Madras plague regulations and rules - Volume 2
Disease focus: Plague
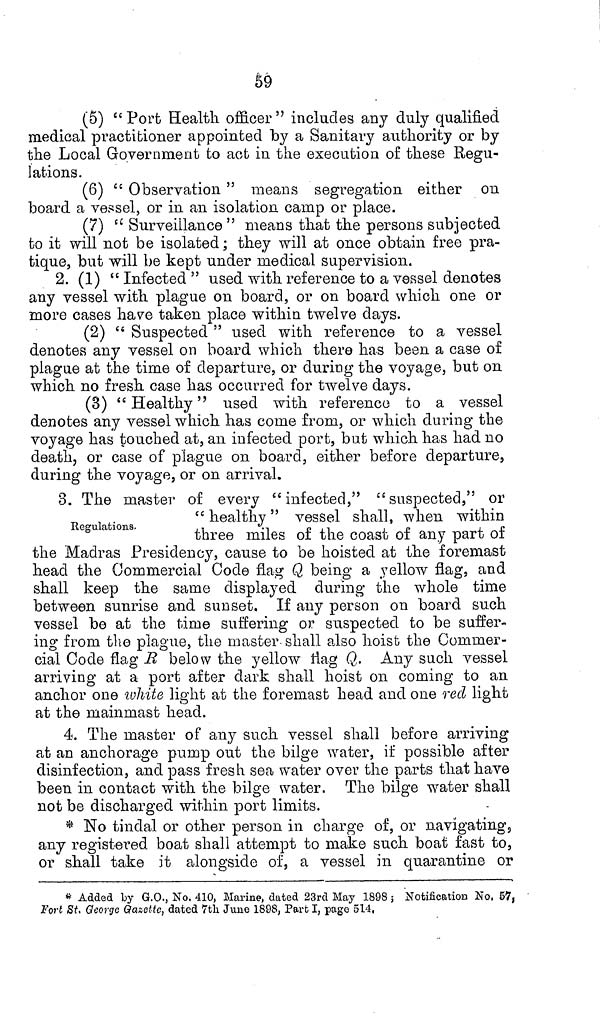
59
(5) "Port Health officer" includes any duly qualified
medical practitioner appointed by a Sanitary authority or by
the Local Government to act in the execution of these Regu-
lations.
(6) " Observation " means segregation either on
board a vessel, or in an isolation camp or place.
(7) " Surveillance " means that the persons subjected
to it will not be isolated; they will at once obtain free pra-
tique, but will be kept under medical supervision.
2. (1) " Infected " used with reference to a vessel denotes
any vessel with plague on board, or on board which one or
more cases have taken place within twelve days.
(2) " Suspected " used with reference to a vessel
denotes any vessel on board which there has been a case of
plague at the time of departure, or during the voyage, but on
which no fresh case has occurred for twelve days.
(3) "Healthy" used with reference to a vessel
denotes any vessel which has come from, or which during the
voyage has touched at, an infected port, but which has had no
death, or case of plague on board, either before departure,
during the voyage, or on arrival.
Regulations.
3. The master of every "infected," "suspected," or
" healthy" vessel shall, when within
three miles of the coast of any part of
the Madras Presidency, cause to be hoisted at the foremast
head the Commercial Code flag Q being a yellow flag, and
shall keep the same displayed during the whole time
between sunrise and sunset. If any person on board such
vessel be at the time suffering or suspected to be suffer-
ing from the plague, the master shall also hoist the Commer-
cial Code flag R below the yellow flag Q. Any such vessel
arriving at a port after dark shall hoist on coming to an
anchor one white light at the foremast head and one red light
at the mainmast head.
4. The master of any such vessel shall before arriving
at an anchorage pump out the bilge water, if possible after
disinfection, and pass fresh sea water over the parts that have
been in contact with the bilge water. The bilge water shall
not be discharged within port limits.
* No tindal or other person in charge of, or navigating,
any registered boat shall attempt to make such boat fast to,
or shall take it alongside of, a vessel in quarantine or
* Added by G.O., No. 410, Marine, dated 23rd May 1898 ; Notification No. 57,
Fort St. George Gazette, dated 7th June 1898, Part I, page 514,